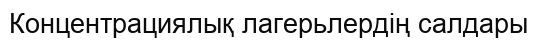
Концентрациялық лагерьлердің салдары